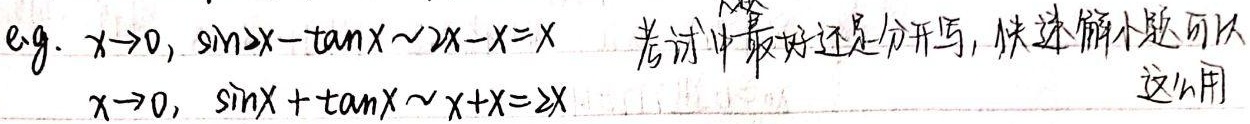
e.g. 当\(x\to0\)时，\(\sin 2x - \tan x\sim2x - x=x\)；当\(x\to0\)时，\(\sin x+\tan x\sim x + x = 2x\)。考试中最好还是分开写，快速解小题可以这么用